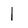
Character: l